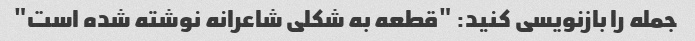
جمله را بازنویسی کنید: "قطعه به شکلی شاعرانه نوشته شده است"